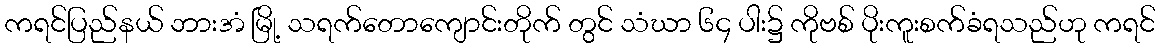
ကရင်ပြည်နယ် ဘားအံ မြို့ သရက်တောကျောင်းတိုက် တွင် သံဃာ ၆၄ ပါး၌ ကိုဗစ် ပိုးကူးစက်ခံရသည်ဟု ကရင်